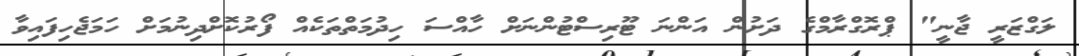
ލަގްޒަރީ ޖާނީ" ޕްރޮގްރާމްގެ ދަށުން އަންނަ ޓޫރިސްޓުންނަށް ހާއްސަ ހިދުމަތްތަކެއް ފޯރުކޮށްދިނުމަށް ހަމަޖެހިފައިވާ